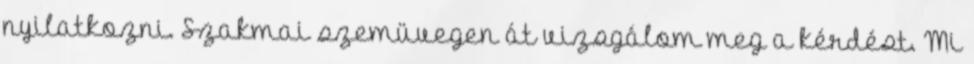
nyilatkozni. Szakmai szemüvegen át vizsgálom meg a kérdést. Mi